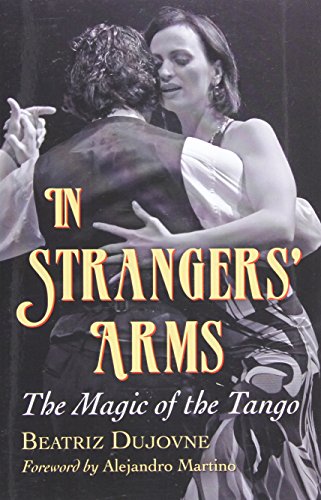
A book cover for In Strangers' Arms: The Magic of the Tango; Beatriz Dujovne; Arts & Photography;